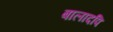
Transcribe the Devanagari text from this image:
बालादपि